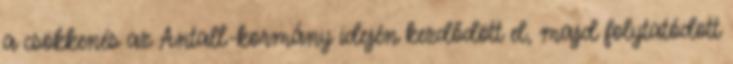
a csökkenés az Antall-kormány idején kezdődött el, majd folytatódott